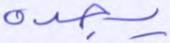
يجده